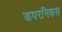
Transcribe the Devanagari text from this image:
कपरनिकस